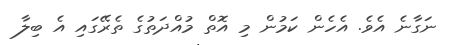
ނަގާނެ އެވެ. އެހެން ކަމުން މި އޮތް މުއްދަތުގެ ތެރޭގައި އެ ބިލާ